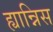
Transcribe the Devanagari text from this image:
ह्यान्निस